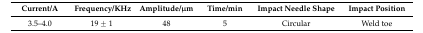
| Current/A | Frequency/KHz | Amplitude/μm | Time/min | Impact Needle Shape | Impact Position |
 | --- | --- | --- | --- | --- | --- |
 | 3.5–4.0 | 19 ± 1 | 48 | 5 | Circular | Weld toe |